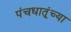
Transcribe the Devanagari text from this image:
पंचधातूंच्या